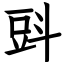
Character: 㪷